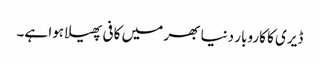
ڈیری کا کاروبار دنیا بھر میں کافی پھیلا ہوا ہے۔